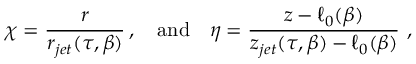
\chi = \frac { r } { r _ { j e t } ( \tau , \beta ) } \, , \quad \mathrm { a n d } \quad \eta = \frac { z - \ell _ { 0 } ( \beta ) } { z _ { j e t } ( \tau , \beta ) - \ell _ { 0 } ( \beta ) } \ ,